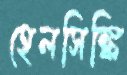
হেলসিঙ্কি